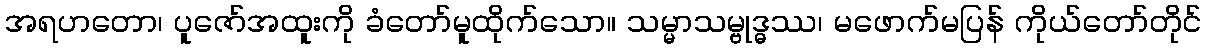
အရဟတော၊ ပူဇော်အထူးကို ခံတော်မူထိုက်သော။ သမ္မာသမ္ဗုဒ္ဓဿ၊ မဖောက်မပြန် ကိုယ်တော်တိုင်